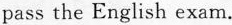
pass the English exam.